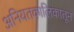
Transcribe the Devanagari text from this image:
अनियतकालिकातून